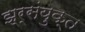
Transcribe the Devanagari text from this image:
झ्र्संयुक्त